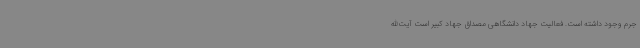
جرم وجود داشته است. فعالیت جهاد دانشگاهی مصداق جهاد کبیر است آیت‌الله